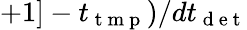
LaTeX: +1]-t_{\mathrm{~t~m~p~}})/dt_{\mathrm{~d~e~t~}}